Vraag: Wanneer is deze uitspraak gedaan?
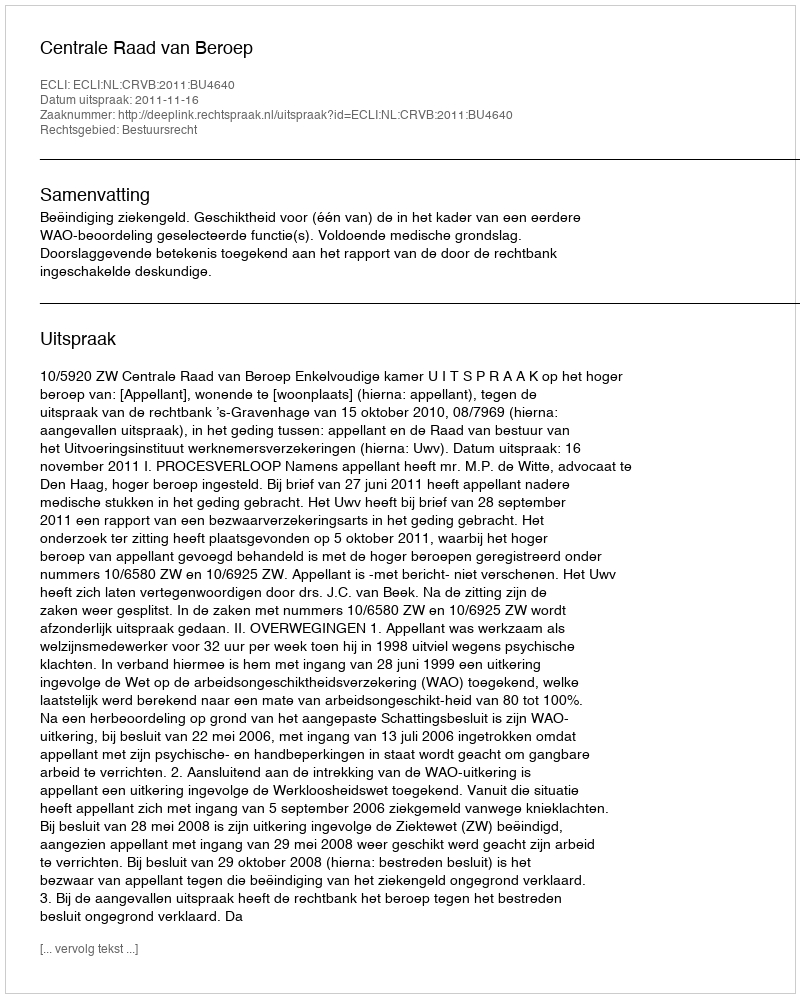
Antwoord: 2011-11-16